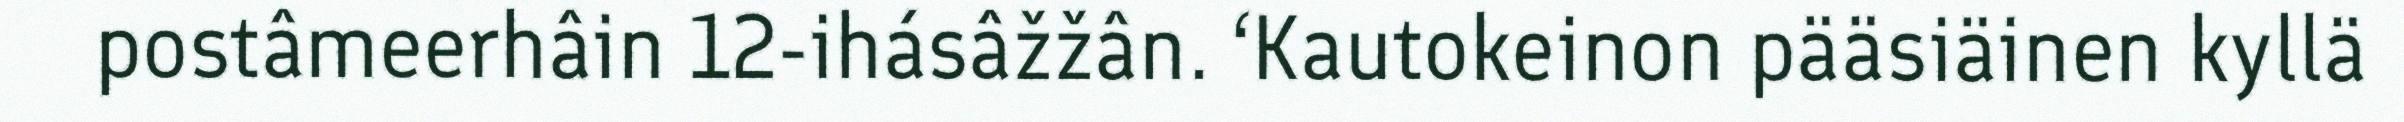
postâmeerhâin 12-ihásâžžân. ‘Kautokeinon pääsiäinen kyllä